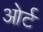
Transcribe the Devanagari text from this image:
ओर्ट